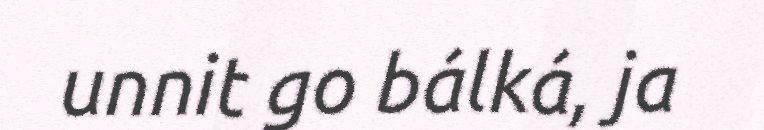
unnit go bálká, ja